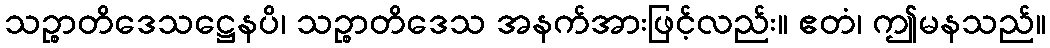
သဉ္စာတိဒေသဋ္ဌေနပိ၊ သဉ္စာတိဒေသ အနက်အားဖြင့်လည်း။ ဧတံ၊ ဤမနသည်။